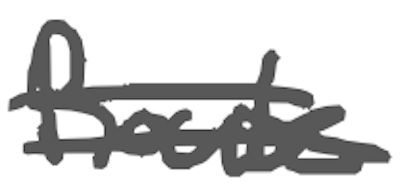
Text: Route
Cross-out: double-line
Writing tool: digital_gray